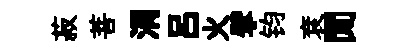
菽菩涓吕火擘钧袞閒